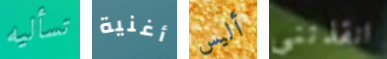
تسأليه أغنية أليس انقذتني